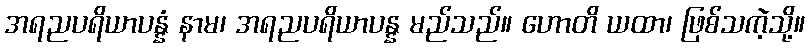
အရညပရိယာပန္နံ နာမ၊ အရညပရိယာပန္န မည်သည်။ ဟောတိ ယထာ၊ ဖြစ်သကဲ့သို့။